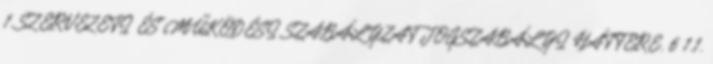
1. SZERVEZETI ÉS MŰKÖDÉSI SZABÁLYZAT JOGSZABÁLYI HÁTTERE. 6 1.1.